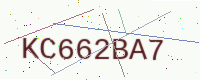
Text: KC662BA7